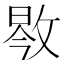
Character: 𱡝